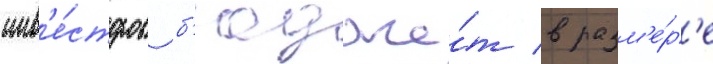
инв'е́сторов б'юдже́т в разм'е́р'е